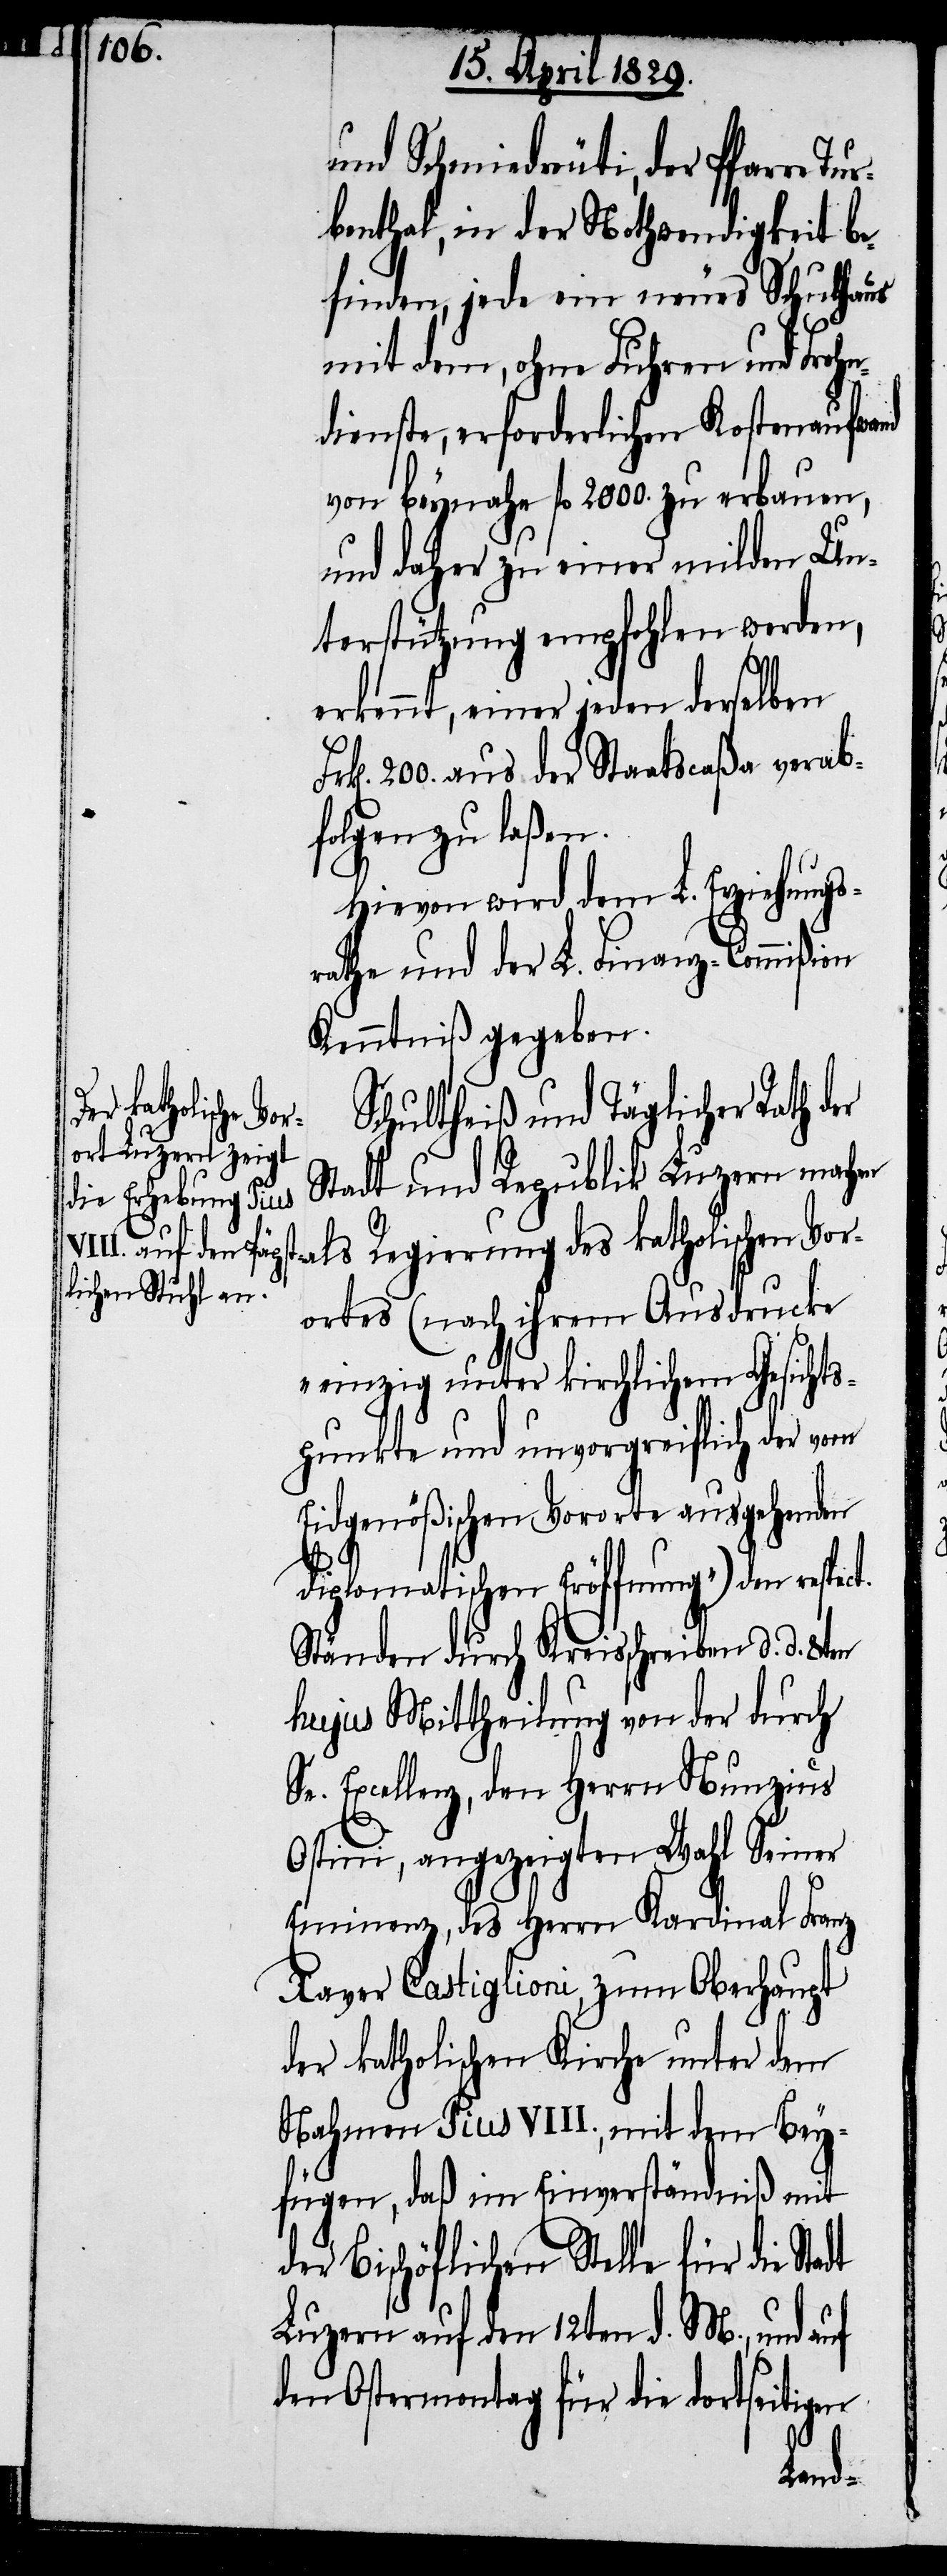
adt

und Schmiedreuti, der Pfarre Tu¬
rbenthal, in der Nothwendigkeit be¬
finden, jede ein neues Schulhaus
mit dem, ohne Fuhren und Frohn¬
dienste, erforderlichen Kostenaufwand
von beynahe fl. 2000. zu erbauen,
und daher zu einer milden Un¬
terstützung empfohlen werden,
erkennt, einer jeden derselben
200. aus der Staatscaßa verab¬
folgen zu laßen.
Hievon wird dem L. Erziehungs¬
rathe und der L. Finanz-Commißion
Kenntniß gegeben.
Schultheiß und Täglicher Rath der
Stadt und Republik Luzern machen
als Regierung des katholischen Vor¬
ortes (nach ihrem Ausdrucke
„einzig unter kirchlichen Gesicht¬
spunkte und unvorgreiflich der vom
Eidgenößischen Vororte ausgehenden
diplomatischen Eröffnung“) dem respec¬
Ständen durch Kreisschreiben d. d. 8ten
hujus Mittheilung von der durch
Sr. Excellenz, den Herrn Nunzius
Ostini, angezeigten Wahl Seiner
Eminenz, des Herrn Kardinal Franz
Xaver Castiglioni, zum Oberhaupt
der katholischen Kirche unter dem
Nahmen Pius VIII., mit dem Bey¬
fügen, daß im Einverständniß mit
der Bischöflichen Stelle für die St¬
Luzern auf den 12ten d. M., und auf
den Ostermontag für die dortseitigen